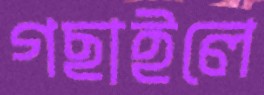
গছাইলে